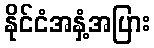
နိုင်ငံအနှံ့အပြား